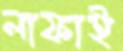
লাফাই